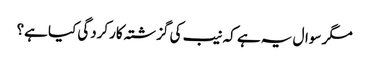
مگر سوال یہ ہے کہ نیب کی گزشتہ کارکردگی کیا ہے؟